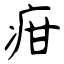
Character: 疳